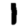
Digit: 1